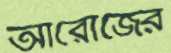
আরোজের